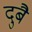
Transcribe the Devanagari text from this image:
दुबै